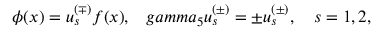
\phi ( x ) = u _ { s } ^ { ( \mp ) } f ( x ) , \ \ \, g a m m a _ { 5 } u _ { s } ^ { ( \pm ) } = \pm u _ { s } ^ { ( \pm ) } , \ \ \ s = 1 , 2 ,